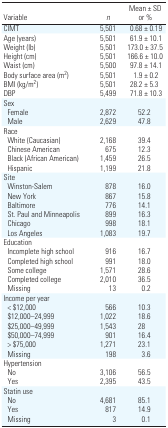
<table><thead><tr><td><b>Variable</b></td><td><b><i>n</i></b></td><td><b>Mean±SD or %</b></td></tr></thead><tbody><tr><td><b>CIMT</b></td><td>5,501</td><td>0.68±0.19</td></tr><tr><td><b>Age (years)</b></td><td>5,501</td><td>61.9±10.1</td></tr><tr><td><b>Weight (lb)</b></td><td>5,501</td><td>173.0±37.5</td></tr><tr><td><b>Height (cm)</b></td><td>5,501</td><td>166.6±10.0</td></tr><tr><td><b>Waist (cm)</b></td><td>5,500</td><td>97.8±14.1</td></tr><tr><td><b>Body surface area (m<sup>2</sup>)</b></td><td>5,501</td><td>1.9±0.2</td></tr><tr><td><b>BMI (kg/m<sup>2</sup>)</b></td><td>5,501</td><td>28.2±5.3</td></tr><tr><td><b>DBP</b></td><td>5,499</td><td>71.8±10.3</td></tr><tr><td><b>Sex</b></td></tr><tr><td><b>Female</b></td><td>2,872</td><td>52.2</td></tr><tr><td><b>Male</b></td><td>2,629</td><td>47.8</td></tr><tr><td><b>Race</b></td></tr><tr><td><b>White (Caucasian)</b></td><td>2,168</td><td>39.4</td></tr><tr><td><b>Chinese American</b></td><td>675</td><td>12.3</td></tr><tr><td><b>Black (African American)</b></td><td>1,459</td><td>26.5</td></tr><tr><td><b>Hispanic</b></td><td>1,199</td><td>21.8</td></tr><tr><td><b>Site</b></td></tr><tr><td><b>Winston-Salem</b></td><td>878</td><td>16.0</td></tr><tr><td><b>New York</b></td><td>867</td><td>15.8</td></tr><tr><td><b>Baltimore</b></td><td>776</td><td>14.1</td></tr><tr><td><b>St. Paul and Minneapolis</b></td><td>899</td><td>16.3</td></tr><tr><td><b>Chicago</b></td><td>998</td><td>18.1</td></tr><tr><td><b>Los Angeles</b></td><td>1,083</td><td>19.7</td></tr><tr><td><b>Education</b></td></tr><tr><td><b>Incomplete high school</b></td><td>916</td><td>16.7</td></tr><tr><td><b>Completed high school</b></td><td>991</td><td>18.0</td></tr><tr><td><b>Some college</b></td><td>1,571</td><td>28.6</td></tr><tr><td><b>Completed college</b></td><td>2,010</td><td>36.5</td></tr><tr><td><b>Missing</b></td><td>13</td><td>0.2</td></tr><tr><td><b>Income per year</b></td></tr><tr><td><b>&lt;$12,000</b></td><td>566</td><td>10.3</td></tr><tr><td><b>$12,000–24,999</b></td><td>1,022</td><td>18.6</td></tr><tr><td><b>$25,000–49,999</b></td><td>1,543</td><td>28</td></tr><tr><td><b>$50,000–74,999</b></td><td>901</td><td>16.4</td></tr><tr><td><b>&gt;$75,000</b></td><td>1,271</td><td>23.1</td></tr><tr><td><b>Missing</b></td><td>198</td><td>3.6</td></tr><tr><td><b>Hypertension</b></td></tr><tr><td><b>No</b></td><td>3,106</td><td>56.5</td></tr><tr><td><b>Yes</b></td><td>2,395</td><td>43.5</td></tr><tr><td><b>Statin use</b></td></tr><tr><td><b>No</b></td><td>4,681</td><td>85.1</td></tr><tr><td><b>Yes</b></td><td>817</td><td>14.9</td></tr><tr><td><b>Missing</b></td><td>3</td><td>0.1</td></tr></tbody></table>